Vaccination in Burma 1920-1933 - 1920-1933
Year: 1920
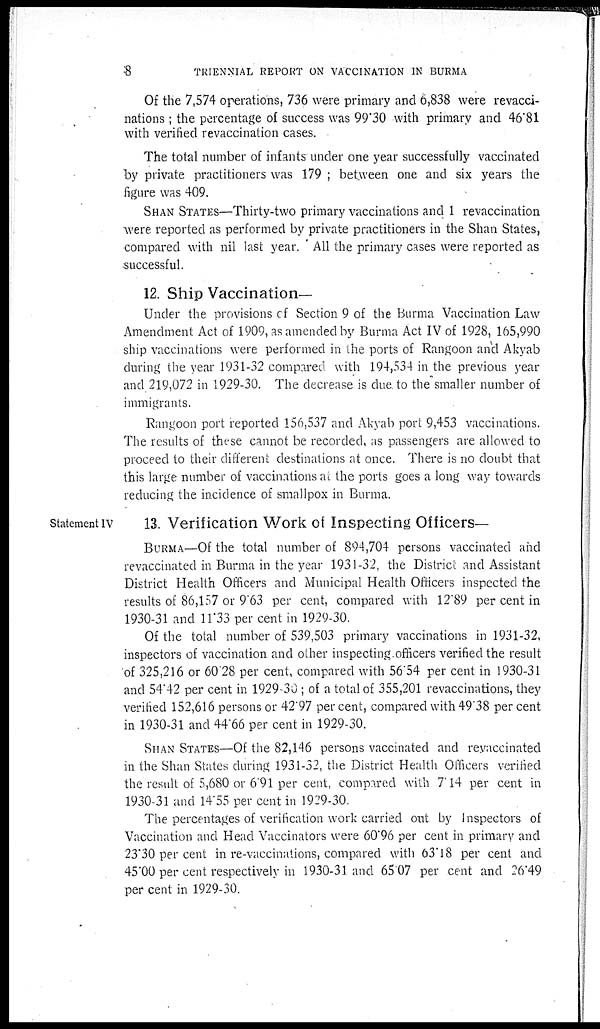
8
TRIENNIAL REPORT ON VACCINATION IN BURMA
Of the 7,574 operations, 736 were primary and 6,838 were revacci-
nations ; the percentage of success was 99.30 with primary and 46.81
with verified revaccination cases.
The total number of infants under one year successfully vaccinated
by private practitioners was 179 ; between one and six years the
figure was 409.
SHAN STATES—Thirty-two primary vaccinations and 1 revaccination
were reported as performed by private practitioners in the Shan States,
compared with nil last year. All the primary cases were reported as
successful.
12. Ship Vaccination—
Under the provisions of Section 9 of the Burma Vaccination Law
Amendment Act of 1909, as amended by Burma Act IV of 1928, 165,990
ship vaccinations were performed in the ports of Rangoon and Akyab
during the year 1931-32 compared with 194,534 in the previous year
and 219,072 in 1929-30. The decrease is due to the smaller number of
immigrants.
Rangoon port reported 156,537 and Akyab port 9,453 vaccinations.
The results of these cannot be recorded, as passengers are allowed to
proceed to their different destinations at once. There is no doubt that
this large number of vaccinations at the ports goes a long way towards
reducing the incidence of smallpox in Burma.
Statement IV
13. Verification Work of Inspecting Officers—
BURMA—Of the total number of 894,704 persons vaccinated and
revaccinated in Burma in the year 1931-32, the District and Assistant
District Health Officers and Municipal Health Officers inspected the
results of 86,157 or 9.63 per cent, compared with 12.89 per cent in
1930-31 and 11.33 per cent in 1929-30.
Of the total number of 539,503 primary vaccinations in 1931-32,
inspectors of vaccination and other inspecting officers verified the result
of 325,216 or 60.28 per cent, compared with 56.54 per cent in 1930-31
and 54.42 per cent in 1929-30 ; of a total of 355,201 revaccinations, they
verified 152,616 persons or 42.97 per cent. compared with 49.38 per cent
in 1930-31 and 44.66 per cent in 1929-30.
SHAN STATES—Of the 82,146 persons vaccinated and revaccinated
in the Shan States during 1931-32, the District Health Officers verified
the result of 5,680 or 6.91 per cent, compared with 7.14 per cent in
1930-31 and 14.55 per cent in 1929-30.
The percentages of verification work carried out by Inspectors of
Vaccination and Head Vaccinators were 60.96 per cent in primary and
23.30 per cent in re-vaccinations, compared with 63.18 per cent and
45.00 per cent respectively in 1930-31 and 65.07 per cent and 26.49
per cent in 1929-30.